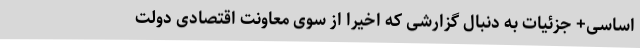
اساسی+ جزئیات به دنبال گزارشی که اخیرا از سوی معاونت اقتصادی دولت